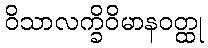
ဝိသာလက္ခိဝိမာနဝတ္ထု